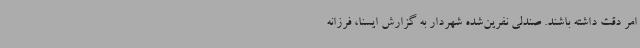
امر دقت داشته باشند. صندلی نفرین‌شده شهردار به گزارش ایسنا، فرزانه